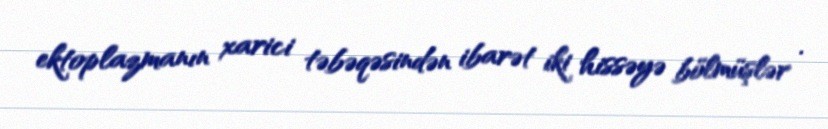
ektoplazmanın xarici təbəqəsindən ibarət iki hissəyə bölmüşlər .